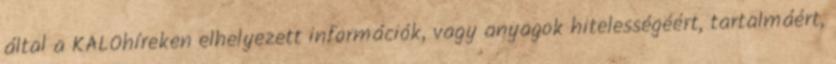
által a KALOhíreken elhelyezett információk, vagy anyagok hitelességéért, tartalmáért,